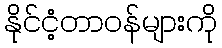
နိုင်ငံ့တာဝန်များကို